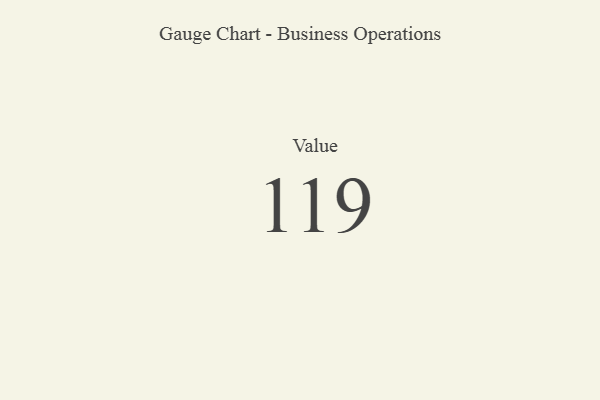
{"axis": {"x": "Metric", "y": "Value"}, "legend": [""], "data": [{"x": "Value", "y": 119, "type": ""}]}